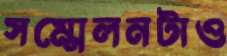
সম্মেলনটাও